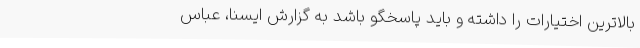
بالاترین اختیارات را داشته و باید پاسخگو باشد به گزارش ایسنا، عباس